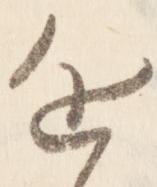
近